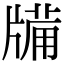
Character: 㸢